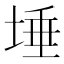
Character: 埵